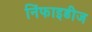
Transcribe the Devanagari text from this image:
निंफाइडीज